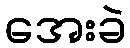
အေးခဲ